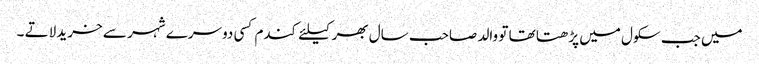
میں جب سکول میں پڑھتا تھا تو والد صاحب سال بھر کیلئے کندم کسی دوسرے شہر سے خرید لاتے ۔